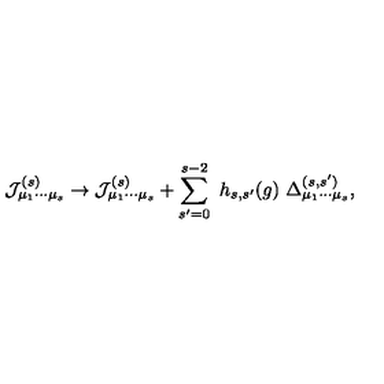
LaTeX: { \cal J } _ { \mu _ { 1 } \cdots \mu _ { s } } ^ { ( s ) } \rightarrow { \cal J } _ { \mu _ { 1 } \cdots \mu _ { s } } ^ { ( s ) } + \sum _ { s ^ { \prime } = 0 } ^ { s - 2 } \ h _ { s , s ^ { \prime } } ( g ) \ \Delta _ { \mu _ { 1 } \cdots \mu _ { s } } ^ { ( s , s ^ { \prime } ) } ,